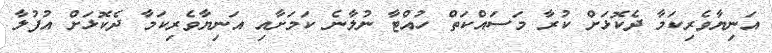
އަނިޔާވެރިކަމާ ދެކޮޅަށް ކުރާ މަސައްކަތް ހުއްޓާ ނުލާނެ ކަމަށާއި އަނިޔާވެރިކަމާ ދެކޮޅަށް އުފުލާ